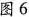
图6